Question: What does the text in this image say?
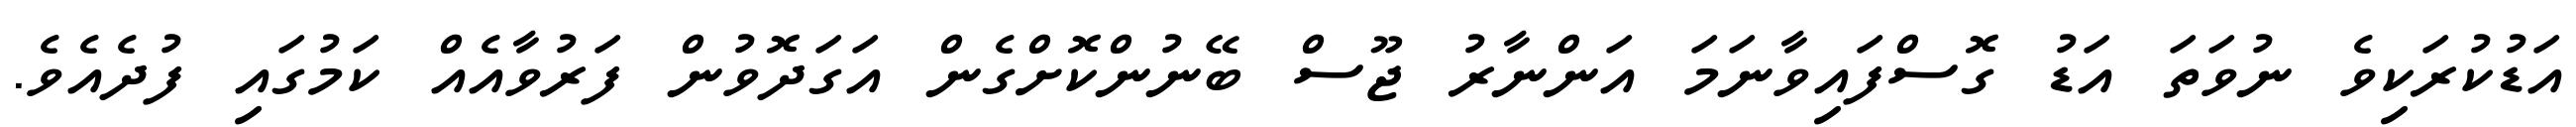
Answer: އަޑުކުރަކިވެ ނުވަތަ އަޑު ގޮސްފައިވާނަމަ އަންނާރު ޖޫސް ބޭނުންކޮށްގެން އަގަދޮވުން ފަރުވާއެއް ކަމުގައި ފުދެއެވެ.